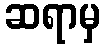
ဆရာမှ